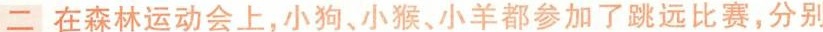
二 在森林运动会上，小狗、小猴、小羊都参加了跳远比赛，分别